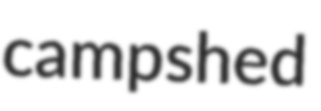
campshed